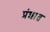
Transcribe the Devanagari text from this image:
प्रंशात